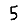
Digit: 5